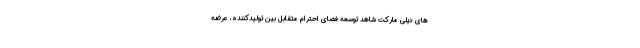
های دیلی مارکت شاهد توسعه فضای احترام متقابل بین تولیدکننده، عرضه